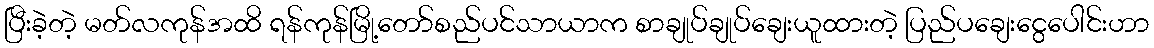
ပြီးခဲ့တဲ့ မတ်လကုန်အထိ ရန်ကုန်မြို့တော်စည်ပင်သာယာက စာချုပ်ချုပ်ချေးယူထားတဲ့ ပြည်ပချေးငွေပေါင်းဟာ